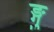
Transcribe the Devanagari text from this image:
ङ्गु